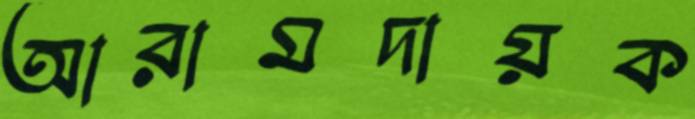
আরামদায়ক